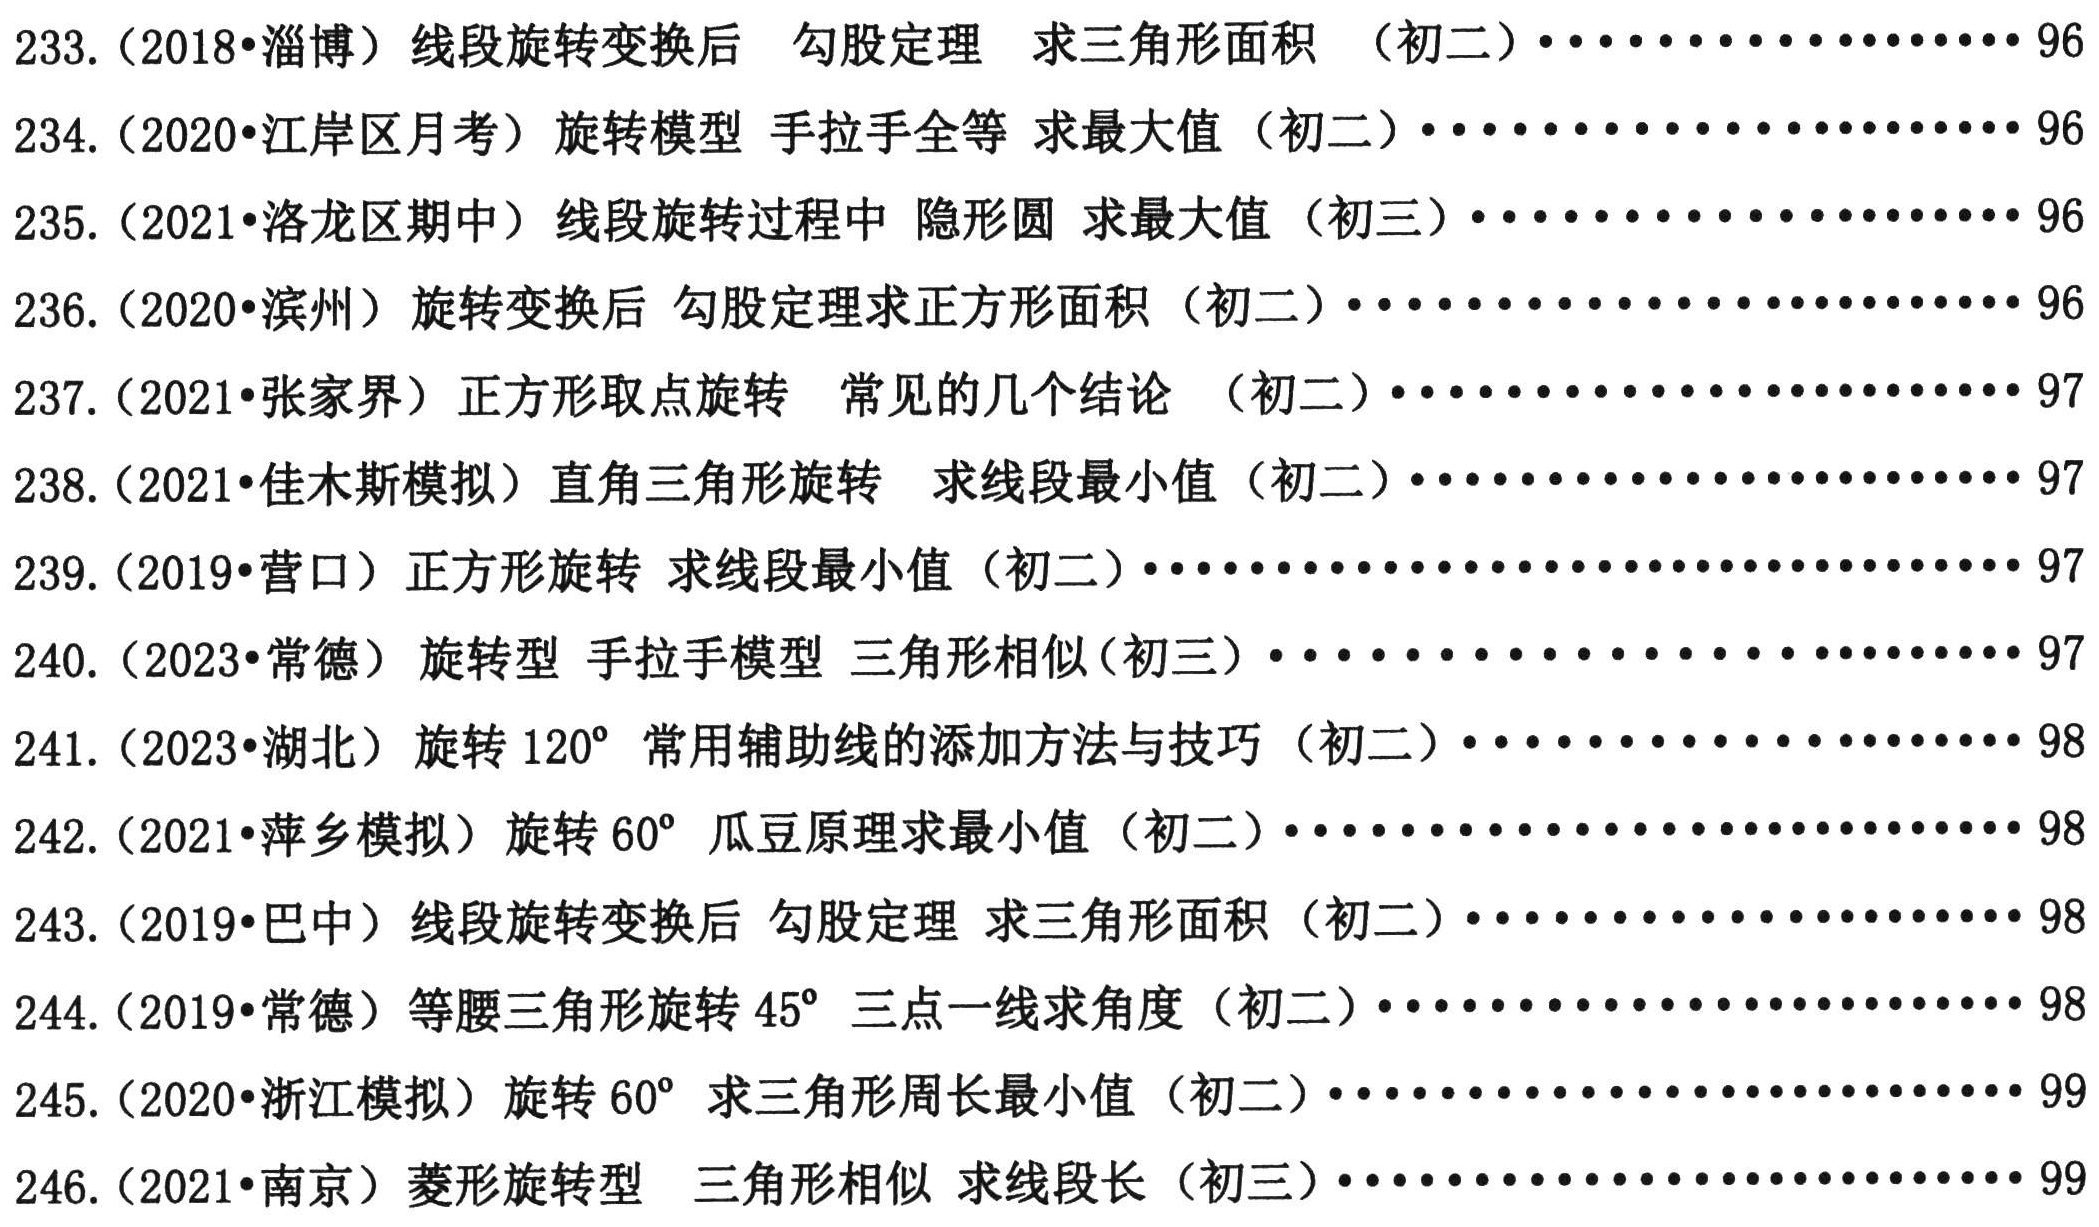
233. (2018•淄博) 线段旋转变换后 勾股定理 求三角形面积 （初二）················96

234. (2020•江岸区月考) 旋转模型 手拉手全等 求最大值 （初二）················96

235. (2021•洛龙区期中) 线段旋转过程中 隐形圆 求最大值 （初三）················96

236. (2020•滨州) 旋转变换后 勾股定理求正方形面积 （初二）················96

237. (2021•张家界) 正方形取点旋转 常见的几个结论 （初二）················97

238. (2021•佳木斯模拟) 直角三角形旋转 求线段最小值 （初二）················97

239. (2019•营口) 正方形旋转 求线段最小值 （初二）················97

240. (2023•常德) 旋转型 手拉手模型 三角形相似(初三）················97

241. (2023•湖北) 旋转120° 常用辅助线的添加方法与技巧 （初二）················98

242. (2021•萍乡模拟) 旋转60° 瓜豆原理求最小值 （初二）················98

243. (2019•巴中) 线段旋转变换后 勾股定理 求三角形面积 （初二）················98

244. (2019•常德) 等腰三角形旋转45° 三点一线求角度 （初二）················98

245. (2020•浙江模拟) 旋转60° 求三角形周长最小值 （初二）················99

246. (2021•南京) 菱形旋转型 三角形相似 求线段长 （初三）················99